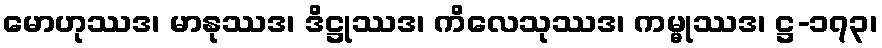
မောဟုဿဒ၊ မာနုဿဒ၊ ဒိဋ္ဌုဿဒ၊ ကိလေသုဿဒ၊ ကမ္မုဿဒ၊ ဋ္ဌ-၁၇၃၊